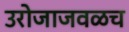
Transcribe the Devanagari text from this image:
उरोजाजवळच